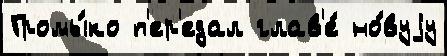
Громы́ко п'ер'едал глав'е́ но́вуjу